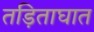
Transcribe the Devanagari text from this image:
तड़िताघात